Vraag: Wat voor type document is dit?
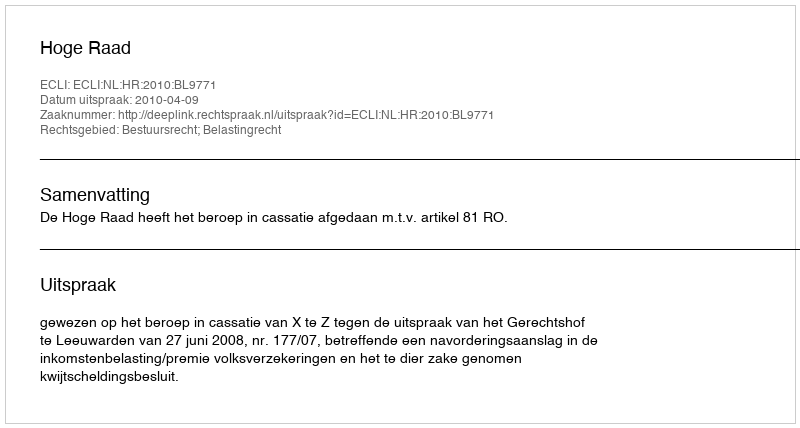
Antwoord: Uitspraak